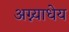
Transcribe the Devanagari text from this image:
अग्न्याधेय